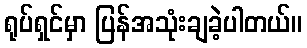
ရုပ်ရှင်မှာ ပြန်အသုံးချခဲ့ပါတယ်။